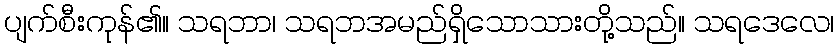
ပျက်စီးကုန်၏။ သရဘာ၊ သရဘအမည်ရှိသောသားတို့သည်။ သရဒေလေ၊